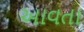
આવતા